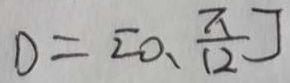
0 = [ 0 . \frac { \pi } { 1 2 } ]